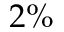
2 \%